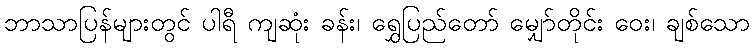
ဘာသာပြန်များတွင် ပါရီ ကျဆုံး ခန်း၊ ရွှေပြည်တော် မျှော်တိုင်း ဝေး၊ ချစ်သော